Annual administration report of the Civil Veterinary Department of India - 1893-1894
Year: 1893
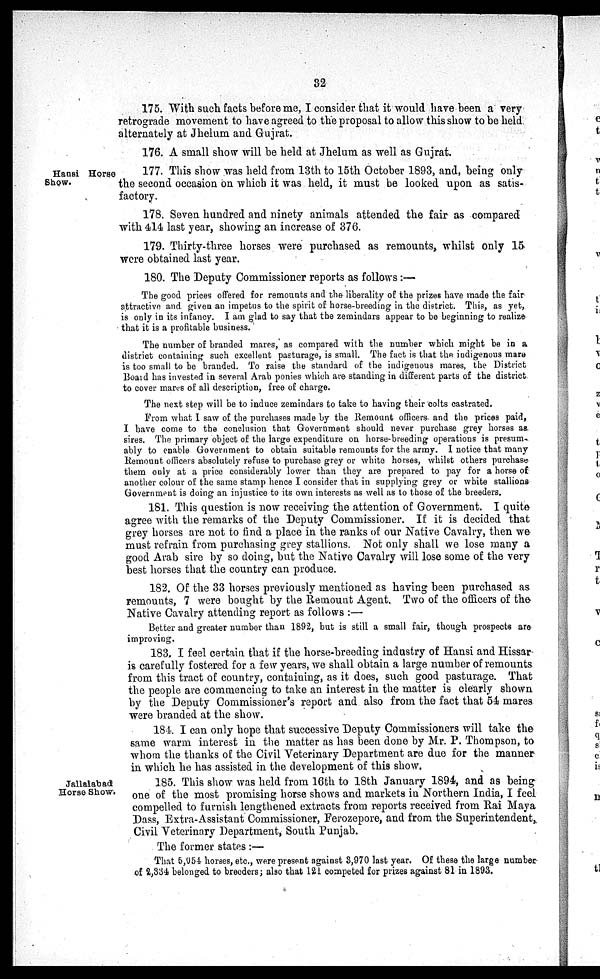
32
175. With such facts before me, I consider that it would have been a very
retrograde movement to have agreed to the proposal to allow this show to he held
alternately at Jhelum and Gujrat.
176. A small show will be held at Jhelum as well as Gujrat.
Hansi Horse
Show.
177. This show was held from 13th to 15th October 1893, and, being only
the second occasion on which it was held, it must be looked upon as satis-
factory.
178. Seven hundred and ninety animals attended the fair as compared
with 414 last year, showing an increase of 376.
179. Thirty-three horses were purchased as remounts, whilst only 15
were obtained last year.
180. The Deputy Commissioner reports as follows:—
The good prices offered for remounts and the liberality of the prizes have made the fair
attractive and given an impetus to the spirit of horse-breeding in the district. This, as yet,
is only in its infancy. I am glad to say that the zemindars appear to be beginning to realize
that it is a profitable business.
The number of branded mares, as compared with the number which might be in a
district containing such excellent pasturage, is small. The fact is that the indigenous mare
is too small to be branded. To raise the standard of the indigenous mares, the District
Board has invested in several Arab ponies which are standing in different parts of the district
to cover mares of all description, free of charge.
The next step will be to induce zemindars to take to having their colts castrated.
From what I saw of the purchases made by the Remount officers and the prices paid,
I have come to the conclusion that Government should never purchase grey horses as
sires. The primary object of the large expenditure on horse-breeding operations is presum-
ably to enable Government to obtain suitable remounts for the army. I notice that many
Remount officers absolutely refuse to purchase grey or white horses, whilst others purchase
them only at a price considerably lower than they are prepared to pay for a horse of
another colour of the same stamp hence I consider that in supplying grey or white stallions
Government is doing an injustice to its own interests as well as to those of the breeders.
181. This question is now receiving the attention of Government. I quite
agree with the remarks of the Deputy Commissioner. If it is decided that
grey horses are not to find a place in the ranks of our Native Cavalry, then we
must refrain from purchasing grey stallions. Not only shall we lose many a
good Arab sire by so doing, but the Native Cavalry will lose some of the very
best horses that the country can produce.
182. Of the 33 horses previously mentioned as having been purchased as
remounts, 7 were bought by the Remount Agent. Two of the officers of the
Native Cavalry attending report as follows:—
Better and greater number than 1892, but is still a small fair, though prospects are
improving.
183. I feel certain that if the horse-breeding industry of Hansi and Hissar
is carefully fostered for a few years, we shall obtain a large number of remounts
from this tract of country, containing, as it does, such good pasturage. That
the people are commencing to take an interest in the matter is clearly shown
by the Deputy Commissioner's report and also from the fact that 54 mares
were branded at the show.
184. I can only hope that successive Deputy Commissioners will take the
same warm interest in the matter as has been done by Mr. P. Thompson, to
whom the thanks of the Civil Veterinary Department are due for the manner
in which he has assisted in the development of this show.
Jallalabad
Horse Show.
185. This show was held from 16th to 18th January 1894, and as being
one of the most promising horse shows and markets in Northern India, I feel
compelled to furnish lengthened extracts from reports received from Rai Maya
Dass, Extra-Assistant Commissioner, Ferozepore, and from the Superintendent,
Civil Veterinary Department, South Punjab.
The former states:—
That 5,054 horses, etc., were present against 3,970 last year. Of these the large number
of 2,334 belonged to breeders; also that 121 competed for prizes against 81 in 1893.